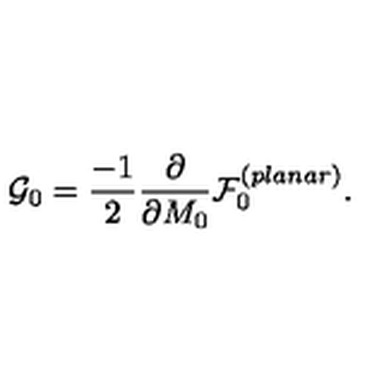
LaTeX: { \cal G } _ { 0 } = \frac { - 1 } { 2 } \frac { \partial } { \partial M _ { 0 } } { \cal F } _ { 0 } ^ { ( p l a n a r ) } .